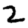
Digit: 2